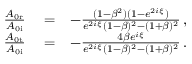
\begin{array} { r l r } { \frac { A _ { \mathrm { 0 r } } } { A _ { \mathrm { 0 i } } } } & { { } = } & { - \frac { ( 1 - \beta ^ { 2 } ) ( 1 - e ^ { 2 i \xi } ) } { e ^ { 2 i \xi } ( 1 - \beta ) ^ { 2 } - ( 1 + \beta ) ^ { 2 } } \, , } \\ { \frac { A _ { \mathrm { 0 t } } } { A _ { \mathrm { 0 i } } } } & { { } = } & { - \frac { 4 \beta e ^ { i \xi } } { e ^ { 2 i \xi } ( 1 - \beta ) ^ { 2 } - ( 1 + \beta ) ^ { 2 } } \, . } \end{array}